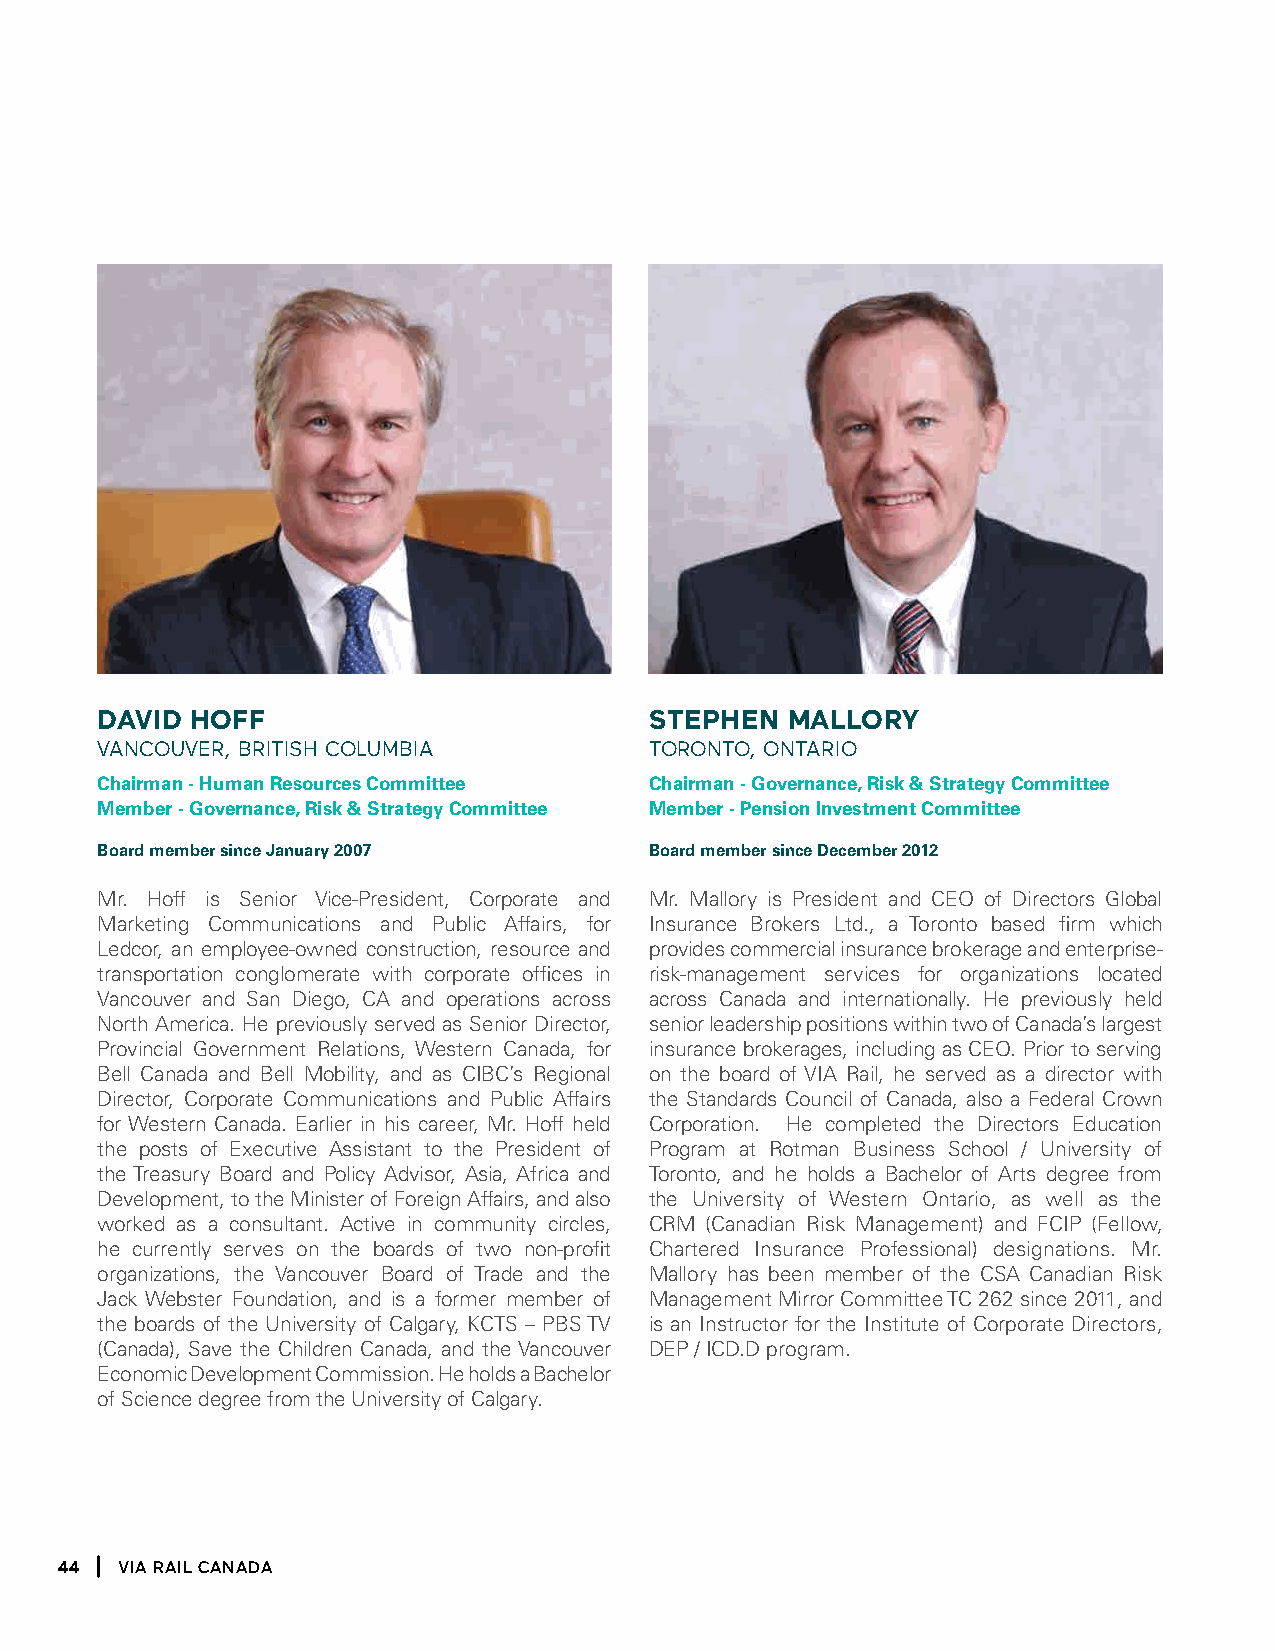
david  hoff                          stephen  mallory
 VancouVer, british coluMbia          toronto, ontario
 chairman - Human resources committee chairman - Governance, risk & Strategy committee
 member - Governance, risk & Strategy committee member - Pension investment committee
 Board member since january 2007      Board member since December 2012
 Mr. Hoff is Senior Vice-President, Corporate and Mr. Mallory is President and CEO of Directors Global
 Marketing Communications and Public Affairs, for Insurance Brokers Ltd., a Toronto based firm which
 Ledcor, an employee-owned construction, resource and provides commercial insurance brokerage and enterprise-
 transportation conglomerate with corporate offices in risk-management services for organizations located
 Vancouver and San Diego, CA and operations across across Canada and internationally. He previously held
 North America. He previously served as Senior Director, senior leadership positions within two of Canada’s largest
 Provincial Government Relations, Western Canada, for insurance brokerages, including as CEO. Prior to serving
 Bell Canada and Bell Mobility, and as CIBC’s Regional on the board of VIA Rail, he served as a director with
 Director, Corporate Communications and Public Affairs the Standards Council of Canada, also a Federal Crown
 for Western Canada. Earlier in his career, Mr. Hoff held Corporation. He completed the Directors Education
 the posts of Executive Assistant to the President of Program at Rotman Business School / University of
 the Treasury Board and Policy Advisor, Asia, Africa and Toronto, and he holds a Bachelor of Arts degree from
 Development, to the Minister of Foreign Affairs, and also the University of Western Ontario, as well as the
 worked as a consultant. Active in community circles, CRM (Canadian Risk Management) and FCIP (Fellow,
 he currently serves on the boards of two non-profit Chartered Insurance Professional) designations. Mr.
 organizations, the Vancouver Board of Trade and the Mallory has been member of the CSA Canadian Risk
 Jack Webster Foundation, and is a former member of Management Mirror Committee TC 262 since 2011, and
 the boards of the University of Calgary, KCTS – PBS TV is an Instructor for the Institute of Corporate Directors,
 (Canada), Save the Children Canada, and the Vancouver DEP / ICD.D program.
 Economic Development Commission. He holds a Bachelor
 of Science degree from the University of Calgary.
 44  Via Rail Canada